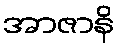
အာဇာနိ